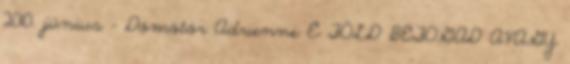
2010. június - Dömötör Adrienne E FÖLD BEFOGAD AVAGY